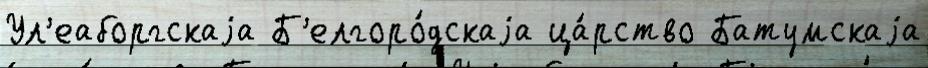
Ул'еаборгскаjа Б'елгоро́дскаjа ца́рство Батумскаjа